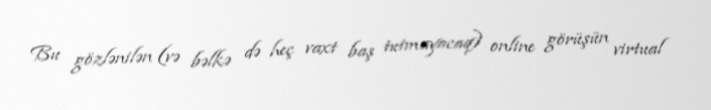
Bu gözlənilən (və bəlkə də heç vaxt baş tutmayacaq) online görüşün virtual